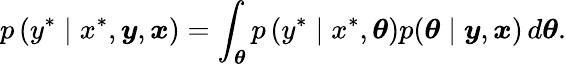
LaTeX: p\left(y^{*}\mid x^{*},\boldsymbol{y},\boldsymbol{x}\right)=\int_{\boldsymbol{\theta}}p\left(y^{*}\mid x^{*},\boldsymbol{\theta}\right)p(\boldsymbol{\theta}\mid\boldsymbol{y},\boldsymbol{x})\, d\boldsymbol{\theta}.